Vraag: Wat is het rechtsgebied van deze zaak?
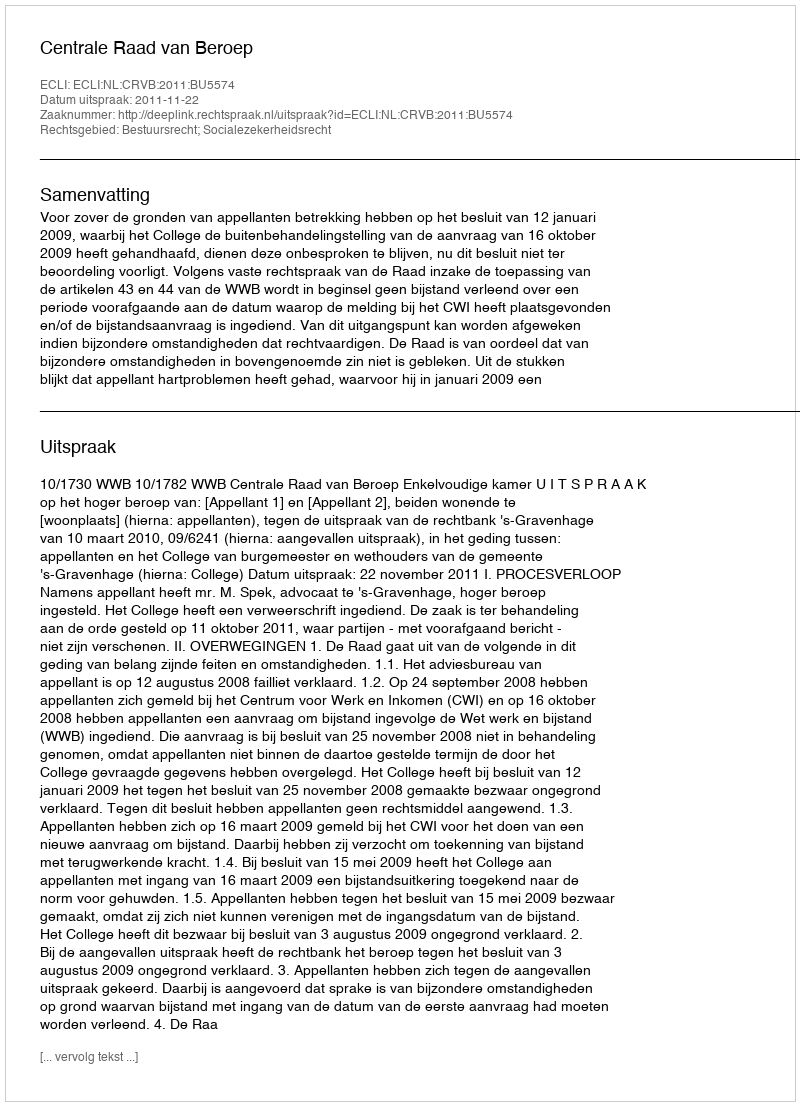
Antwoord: Bestuursrecht; Socialezekerheidsrecht